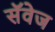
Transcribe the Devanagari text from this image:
सॅवेज